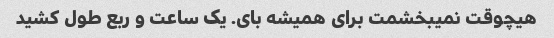
هیچوقت نمیبخشمت برای همیشه بای. یک ساعت و ربع طول کشید